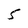
Character: 5